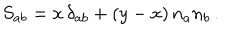
S _ { a b } = x \, \delta _ { a b } + ( y - x ) \, n _ { a } n _ { b } \, .